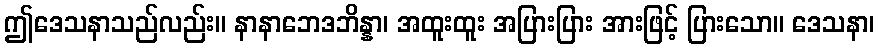
ဤဒေသနာသည်လည်း။ နာနာဘေဒဘိန္နာ၊ အထူးထူး အပြားပြား အားဖြင့် ပြားသော။ ဒေသနာ၊